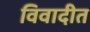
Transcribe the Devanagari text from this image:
विवादीत